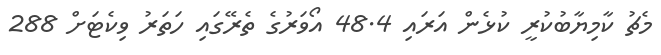
މެޗު ކާމިޔާބުކުރީ ކުޅެން އަރައި 48.4 އޯވަރުގެ ތެރޭގައި ހަތަރު ވިކެޓަށް 288